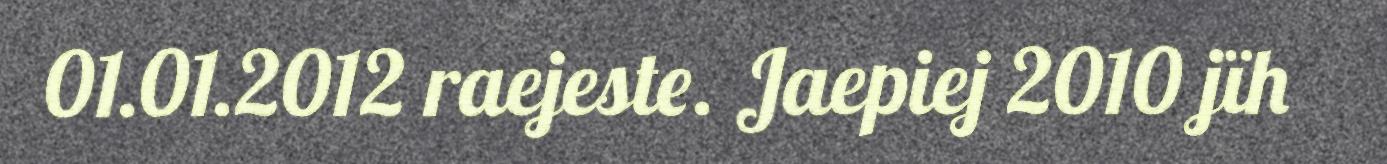
01.01.2012 raejeste. Jaepiej 2010 jïh